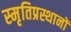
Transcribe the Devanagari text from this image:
स्मृतिप्रस्थानों